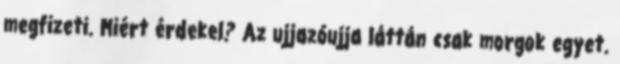
megfizeti. Miért érdekel? Az ujjazóujja láttán csak morgok egyet.